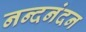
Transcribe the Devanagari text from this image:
नन्दनंदन